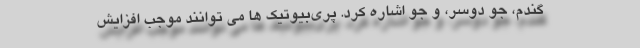
گندم، جو دوسر، و جو اشاره کرد. پری‌بیوتیک ها می توانند موجب افزایش